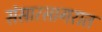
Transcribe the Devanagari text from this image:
संसारसागरात